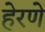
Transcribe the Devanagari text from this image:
हेरणे